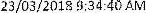
23/03/2018 9:34:40 AM